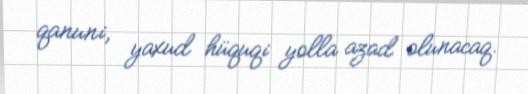
qanuni, yaxud hüquqi yolla azad olunacaq.